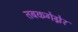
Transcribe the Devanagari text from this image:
तबकगेग्नेर